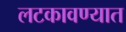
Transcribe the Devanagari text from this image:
लटकावण्यात